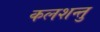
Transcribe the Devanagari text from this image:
कलशन्तु